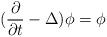
LaTeX: \begin{align*}(\frac{\partial}{\partial t}-\Delta)\phi = \phi\end{align*}